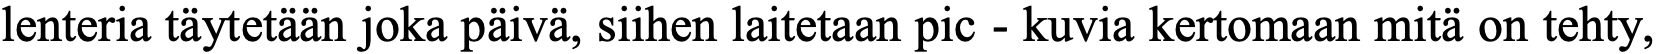
lenteria täytetään joka päivä, siihen laitetaan pic - kuvia kertomaan mitä on tehty,